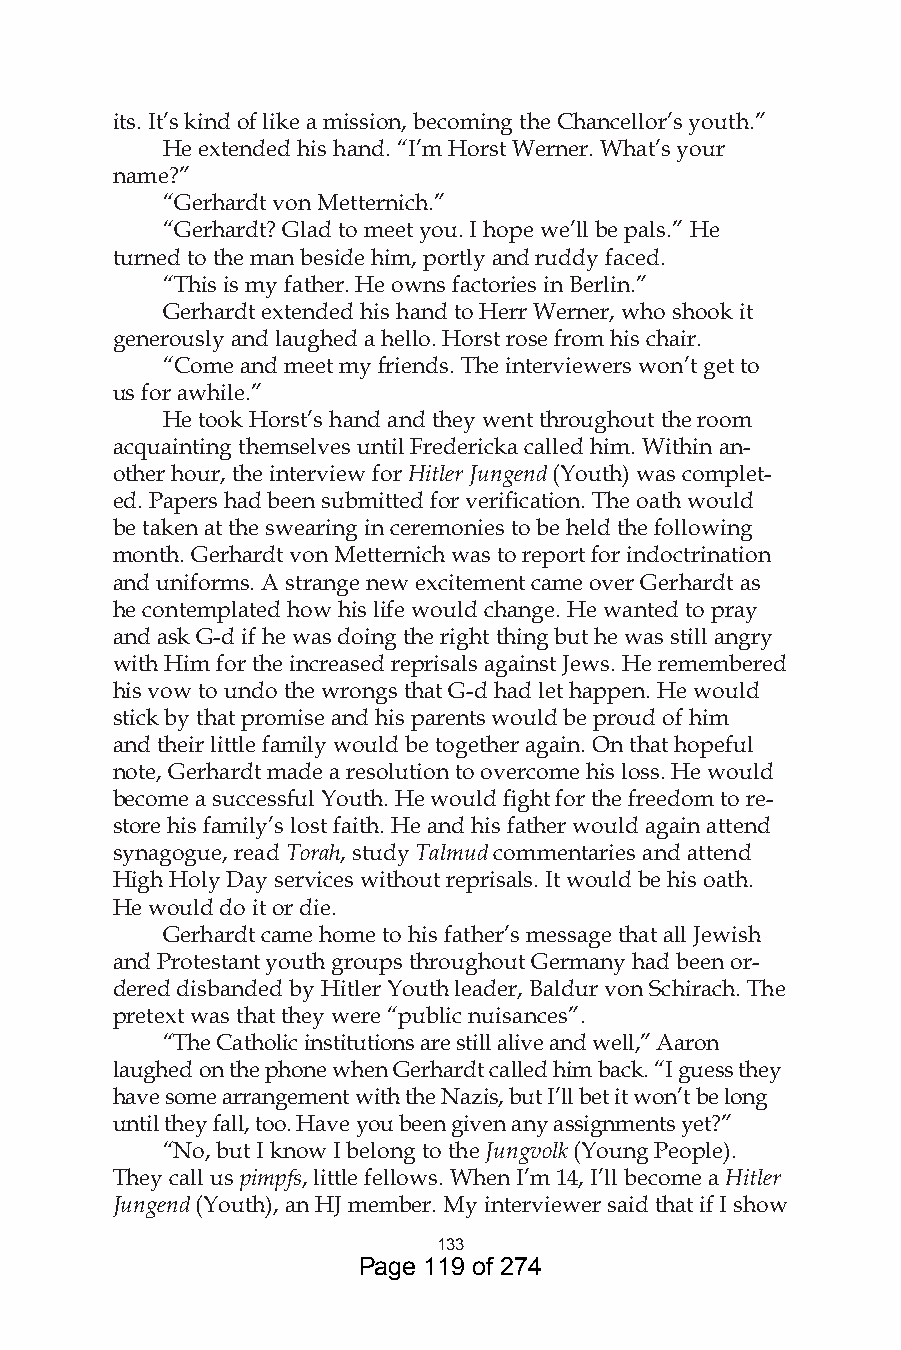
its. It’s kind of like a mission, becoming the Chancellor’s youth.”
 He extended his hand. “I’m Horst Werner. What’s your
 name?”
 “Gerhardt von Metternich.”
 “Gerhardt? Glad to meet you. I hope we’ll be pals.” He
 turned to the man beside him, portly and ruddy faced.
 “This is my father. He owns factories in Berlin.”
 Gerhardt extended his hand to Herr Werner, who shook it
 generously and laughed a hello. Horst rose from his chair.
 “Come and meet my friends. The interviewers won’t get to
 us for awhile.”
 He took Horst’s hand and they went throughout the room
 acquainting themselves until Fredericka called him. Within an-
 other hour, the interview for Hitler Jungend (Youth) was complet-
 ed. Papers had been submitted for verification. The oath would
 be taken at the swearing in ceremonies to be held the following
 month. Gerhardt von Metternich was to report for indoctrination
 and uniforms. A strange new excitement came over Gerhardt as
 he contemplated how his life would change. He wanted to pray
 and ask G-d if he was doing the right thing but he was still angry
 with Him for the increased reprisals against Jews. He remembered
 his vow to undo the wrongs that G-d had let happen. He would
 stick by that promise and his parents would be proud of him
 and their little family would be together again. On that hopeful
 note, Gerhardt made a resolution to overcome his loss. He would
 become a successful Youth. He would fight for the freedom to re-
 store his family’s lost faith. He and his father would again attend
 synagogue, read Torah, study Talmud commentaries and attend
 High Holy Day services without reprisals. It would be his oath.
 He would do it or die.
 Gerhardt came home to his father’s message that all Jewish
 and Protestant youth groups throughout Germany had been or-
 dered disbanded by Hitler Youth leader, Baldur von Schirach. The
 pretext was that they were “public nuisances”.
 “The Catholic institutions are still alive and well,” Aaron
 laughed on the phone when Gerhardt called him back. “I guess they
 have some arrangement with the Nazis, but I’ll bet it won’t be long
 until they fall, too. Have you been given any assignments yet?”
 “No, but I know I belong to the Jungvolk (Young People).
 They call us pimpfs, little fellows. When I’m 14, I’ll become a Hitler
 Jungend (Youth), an HJ member. My interviewer said that if I show
 
 Page 119 of 274